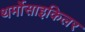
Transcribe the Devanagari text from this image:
थर्मोसाइकिलर